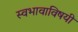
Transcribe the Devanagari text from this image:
स्वभावाविषयी